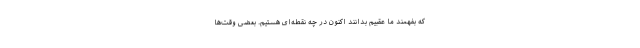
که بفهمند ما عقبیم بدانند اکنون در چه نقطه‌ای هستیم. بعضی وقت‌ها